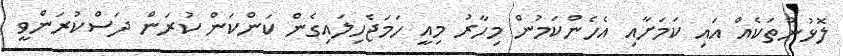
ލޮޅުންތަކެއް އައި ކަމަށާއި އެހެންކަމުން މިހާރު މިއީ ހަމަޖެހިލައިގެން ކަންކަން ކުރަން ދަސްކުރަންވީ